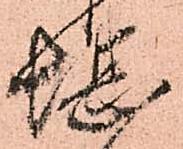
堪